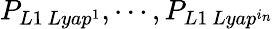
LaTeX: P_{L1\, Lyap^{1}},\cdots,P_{L1\, Lyap^{i_{n}}}